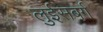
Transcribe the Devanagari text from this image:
लुईसबर्ग